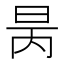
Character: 昺